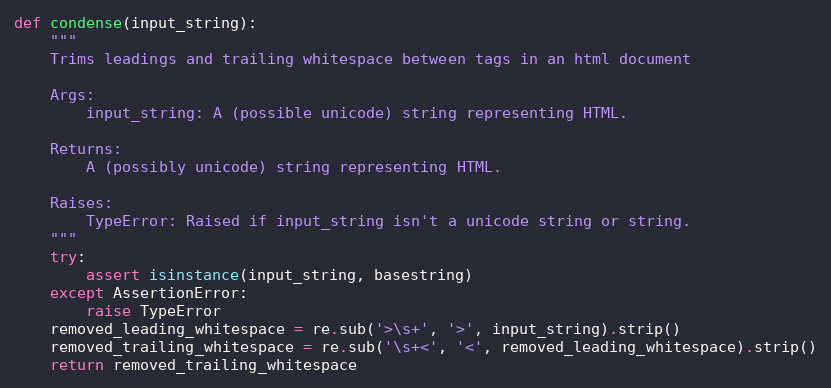
Language: Python
def condense(input_string):
    """
    Trims leadings and trailing whitespace between tags in an html document

    Args:
        input_string: A (possible unicode) string representing HTML.

    Returns:
        A (possibly unicode) string representing HTML.

    Raises:
        TypeError: Raised if input_string isn't a unicode string or string.
    """
    try:
        assert isinstance(input_string, basestring)
    except AssertionError:
        raise TypeError
    removed_leading_whitespace = re.sub('>\s+', '>', input_string).strip()
    removed_trailing_whitespace = re.sub('\s+<', '<', removed_leading_whitespace).strip()
    return removed_trailing_whitespace